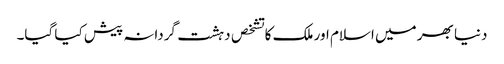
دنیا بھر میں اسلام اور ملک کا تشخص دہشت گردانہ پیش کیا گیا۔